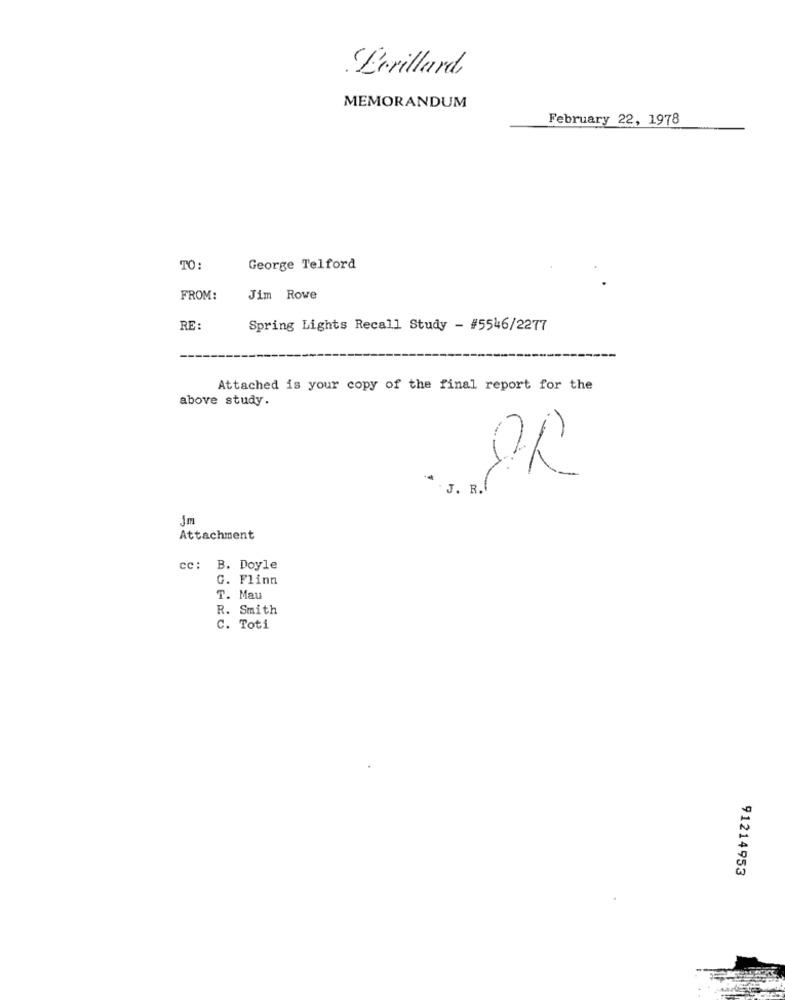
Gerillard
MEMORANDUM
February 22, 1978
TO:
George Telford
FROM:
Jim Rowe
RE:
Spring Lights Recall Study - #5546/2277
Attached is your copy of the final report for the
above study.
OR
J. R.
Jm
Attachment
cc: B. Doyle
G. Flinn
T. Mau
R. Smith
C. Toti
91214953